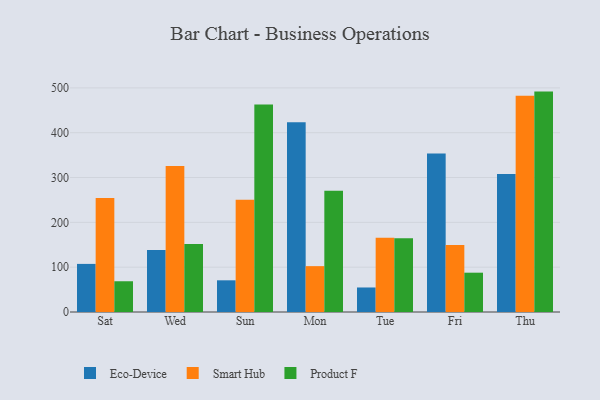
{"axis": {"x": "Day", "y": "Waste Production (Tons)"}, "legend": ["Eco-Device", "Product F", "Smart Hub"], "data": [{"x": "Sat", "y": 107.3, "type": "Eco-Device"}, {"x": "Sat", "y": 254.2, "type": "Smart Hub"}, {"x": "Sat", "y": 68.6, "type": "Product F"}, {"x": "Wed", "y": 138.3, "type": "Eco-Device"}, {"x": "Wed", "y": 325.8, "type": "Smart Hub"}, {"x": "Wed", "y": 151.6, "type": "Product F"}, {"x": "Sun", "y": 70.7, "type": "Eco-Device"}, {"x": "Sun", "y": 250.7, "type": "Smart Hub"}, {"x": "Sun", "y": 463.0, "type": "Product F"}, {"x": "Mon", "y": 423.1, "type": "Eco-Device"}, {"x": "Mon", "y": 102.3, "type": "Smart Hub"}, {"x": "Mon", "y": 270.4, "type": "Product F"}, {"x": "Tue", "y": 54.7, "type": "Eco-Device"}, {"x": "Tue", "y": 165.8, "type": "Smart Hub"}, {"x": "Tue", "y": 164.5, "type": "Product F"}, {"x": "Fri", "y": 353.5, "type": "Eco-Device"}, {"x": "Fri", "y": 149.2, "type": "Smart Hub"}, {"x": "Fri", "y": 87.7, "type": "Product F"}, {"x": "Thu", "y": 307.6, "type": "Eco-Device"}, {"x": "Thu", "y": 482.2, "type": "Smart Hub"}, {"x": "Thu", "y": 491.7, "type": "Product F"}]}